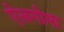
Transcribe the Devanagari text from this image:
ऐलगोमा